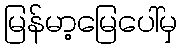
မြန်မာ့မြေပေါ်မှ